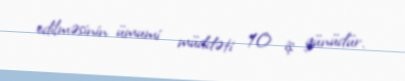
edilməsinin ümumi müddəti 10 iş günüdür.